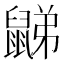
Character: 𪕧